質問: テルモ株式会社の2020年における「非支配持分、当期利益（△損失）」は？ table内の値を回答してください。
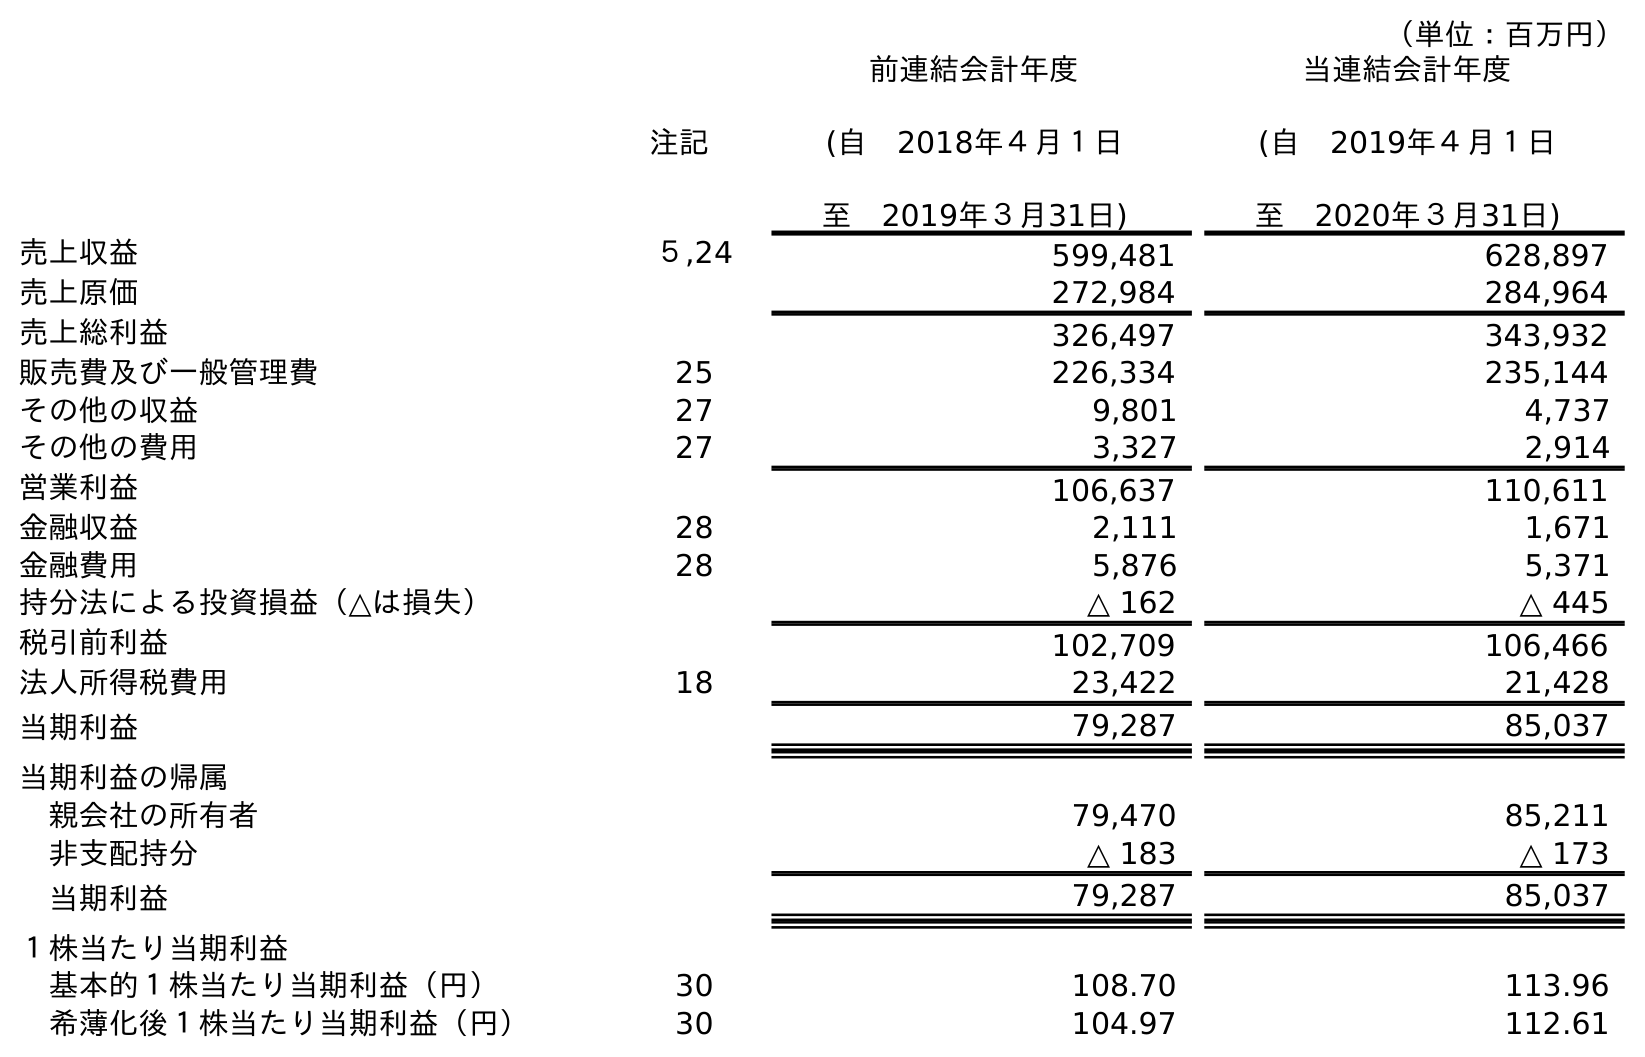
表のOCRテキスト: （単位：百万円） 注記 前連結会計年度 (自 2018年４月１日 至 2019年３月31日) 当連結会計年度 (自 2019年４月１日 至 2020年３月31日) 売上収益 ５,24 599,481 628,897 売上原価 272,984 284,964 売上総利益 326,497 343,932 販売費及び一般管理費 25 226,334 235,144 その他の収益 27 9,801 4,737 その他の費用 27 3,327 2,914 営業利益 106,637 110,611 金融収益 28 2,111 1,671 金融費用 28 5,876 5,371 持分法による投資損益（△は損失） △ 162 △ 445 税引前利益 102,709 106,466 法人所得税費用 18 23,422 21,428 当期利益 79,287 85,037 当期利益の帰属 親会社の所有者 79,470 85,211 非支配持分 △ 183 △ 173 当期利益 79,287 85,037 １株当たり当期利益 基本的１株当たり当期利益（円） 30 108.70 113.96 希薄化後１株当たり当期利益（円） 30 104.97 112.61
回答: △173